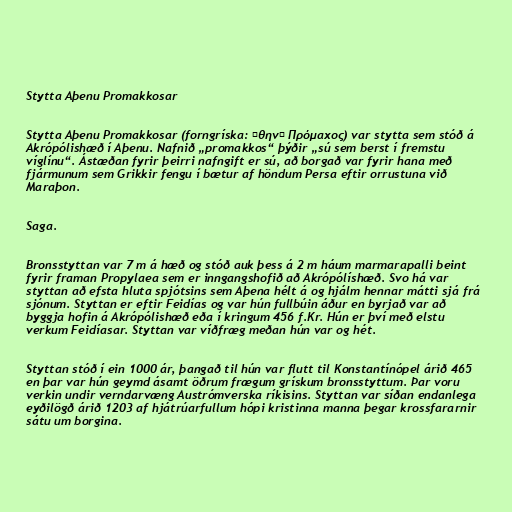
Stytta Aþenu Promakkosar

Stytta Aþenu Promakkosar (forngríska: Ἀθηνᾶ Πρόμαχος) var stytta sem stóð á
Akrópólishæð í Aþenu. Nafnið „promakkos“ þýðir „sú sem berst í fremstu
víglínu“. Ástæðan fyrir þeirri nafngift er sú, að borgað var fyrir hana með
fjármunum sem Grikkir fengu í bætur af höndum Persa eftir orrustuna við
Maraþon.

Saga.

Bronsstyttan var 7 m á hæð og stóð auk þess á 2 m háum marmarapalli beint
fyrir framan Propylaea sem er inngangshofið að Akrópólíshæð. Svo há var
styttan að efsta hluta spjótsins sem Aþena hélt á og hjálm hennar mátti sjá frá
sjónum. Styttan er eftir Feidías og var hún fullbúin áður en byrjað var að
byggja hofin á Akrópólishæð eða í kringum 456 f.Kr. Hún er því með elstu
verkum Feidíasar. Styttan var víðfræg meðan hún var og hét.

Styttan stóð í ein 1000 ár, þangað til hún var flutt til Konstantínópel árið 465
en þar var hún geymd ásamt öðrum frægum grískum bronsstyttum. Þar voru
verkin undir verndarvæng Austrómverska ríkisins. Styttan var síðan endanlega
eyðilögð árið 1203 af hjátrúarfullum hópi kristinna manna þegar krossfararnir
sátu um borgina.